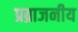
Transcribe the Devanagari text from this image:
प्रब्राजनीय